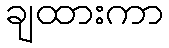
ချထားကာ